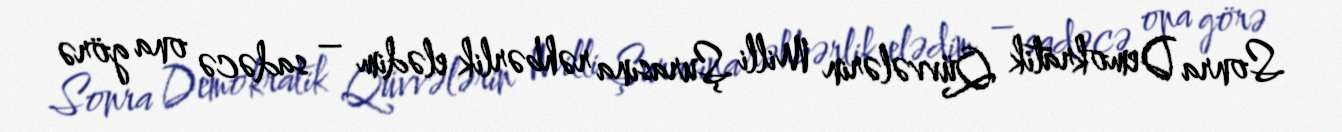
Sonra Demokratik Qüvvələrin Milli Şurasına rəhbərlik elədim – sadəcə ona görə